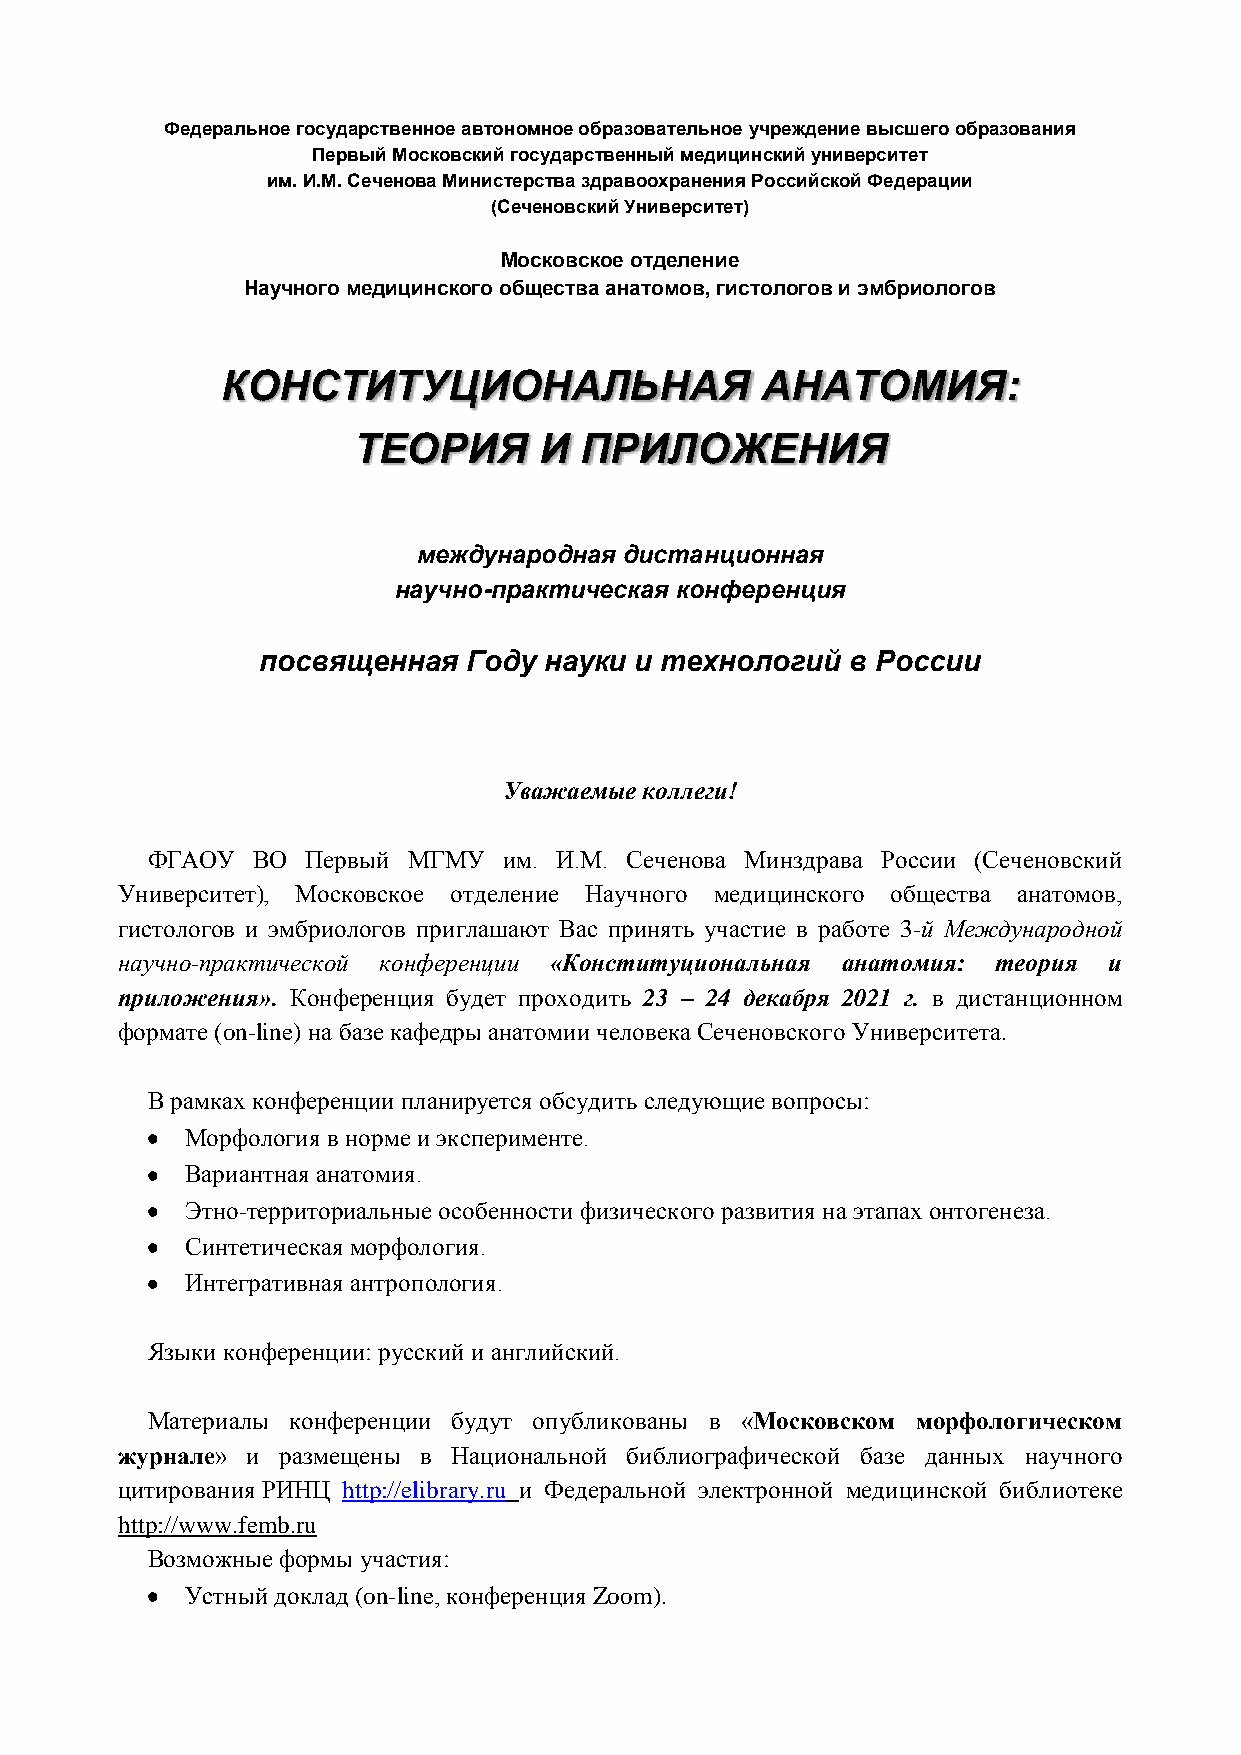
Федеральное государственное автономное образовательное учреждение высшего образования
 Первый Московский государственный медицинский университет
 им. И.М. Сеченова Министерства здравоохранения Российской Федерации
 (Сеченовский Университет)
 Московское отделение
 Научного медицинского общества анатомов, гистологов и эмбриологов
 КОНСТИТУЦИОНАЛЬНАЯ                 АНАТОМИЯ:
 ТЕОРИЯ       И ПРИЛОЖЕНИЯ
 международная дистанционная
 научно-практическая конференция
 посвященная   Году науки и технологий  в России
 Уважаемые коллеги!
 ФГАОУ  ВО Первый МГМУ  им. И.М. Сеченова Минздрава России (Сеченовский
 Университет), Московское отделение Научного медицинского общества анатомов,
 гистологов и эмбриологов приглашают Вас принять участие в работе 3-й Международной
 научно-практической конференции «Конституциональная анатомия: теория и
 приложения». Конференция будет проходить 23 – 24 декабря 2021 г. в дистанционном
 формате (on-line) на базе кафедры анатомии человека Сеченовского Университета.
 В рамках конференции планируется обсудить следующие вопросы:
 Морфология в норме и эксперименте.
 Вариантная анатомия.
 Этно-территориальные особенности физического развития на этапах онтогенеза.
 Синтетическая морфология.
 Интегративная антропология.
 Языки конференции: русский и английский.
 Материалы конференции будут опубликованы в «Московском морфологическом
 журнале» и размещены в Национальной библиографической базе данных научного
 цитирования РИНЦ http://elibrary.ru и Федеральной электронной медицинской библиотеке
 http://www.femb.ru
 Возможные формы участия:
 Устный доклад (on-line, конференция Zoom).